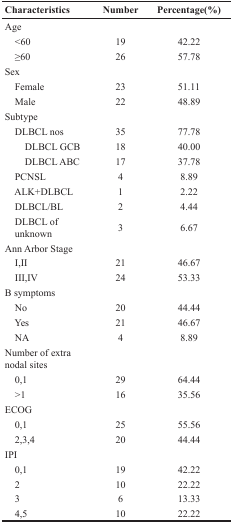
<table><thead><tr><td><b>Characteristics</b></td><td><b>Number</b></td><td><b>Percentage(%)</b></td></tr></thead><tbody><tr><td>Age</td><td></td><td></td></tr><tr><td> &lt;60</td><td>19</td><td>42.22</td></tr><tr><td> ≥60</td><td>26</td><td>57.78</td></tr><tr><td>Sex</td><td></td><td></td></tr><tr><td> Female</td><td>23</td><td>51.11</td></tr><tr><td> Male</td><td>22</td><td>48.89</td></tr><tr><td>Subtype</td><td></td><td></td></tr><tr><td> DLBCL nos</td><td>35</td><td>77.78</td></tr><tr><td>DLBCL GCB</td><td>18</td><td>40.00</td></tr><tr><td>DLBCL ABC</td><td>17</td><td>37.78</td></tr><tr><td> PCNSL</td><td>4</td><td>8.89</td></tr><tr><td> ALK+DLBCL</td><td>1</td><td>2.22</td></tr><tr><td> DLBCL/BL</td><td>2</td><td>4.44</td></tr><tr><td> DLBCL of unknown</td><td>3</td><td>6.67</td></tr><tr><td>Ann Arbor Stage</td><td></td><td></td></tr><tr><td> I, II</td><td>21</td><td>46.67</td></tr><tr><td> III, IV</td><td>24</td><td>53.33</td></tr><tr><td>B symptoms</td><td></td><td></td></tr><tr><td> No</td><td>20</td><td>44.44</td></tr><tr><td> Yes</td><td>21</td><td>46.67</td></tr><tr><td> NA</td><td>4</td><td>8.89</td></tr><tr><td>Number of extra nodal sites</td><td></td><td></td></tr><tr><td> 0,1</td><td>29</td><td>64.44</td></tr><tr><td> &gt;1</td><td>16</td><td>35.56</td></tr><tr><td>ECOG</td><td></td><td></td></tr><tr><td> 0,1</td><td>25</td><td>55.56</td></tr><tr><td> 2,3,4</td><td>20</td><td>44.44</td></tr><tr><td>IPI</td><td></td><td></td></tr><tr><td> 0,1</td><td>19</td><td>42.22</td></tr><tr><td> 2</td><td>10</td><td>22.22</td></tr><tr><td> 3</td><td>6</td><td>13.33</td></tr><tr><td> 4,5</td><td>10</td><td>22.22</td></tr></tbody></table>